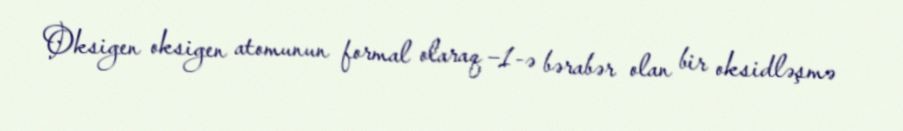
Oksigen oksigen atomunun formal olaraq −1-ə bərabər olan bir oksidləşmə